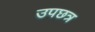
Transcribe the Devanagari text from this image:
उपछत्र